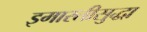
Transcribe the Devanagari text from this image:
इमारतीसुद्धा